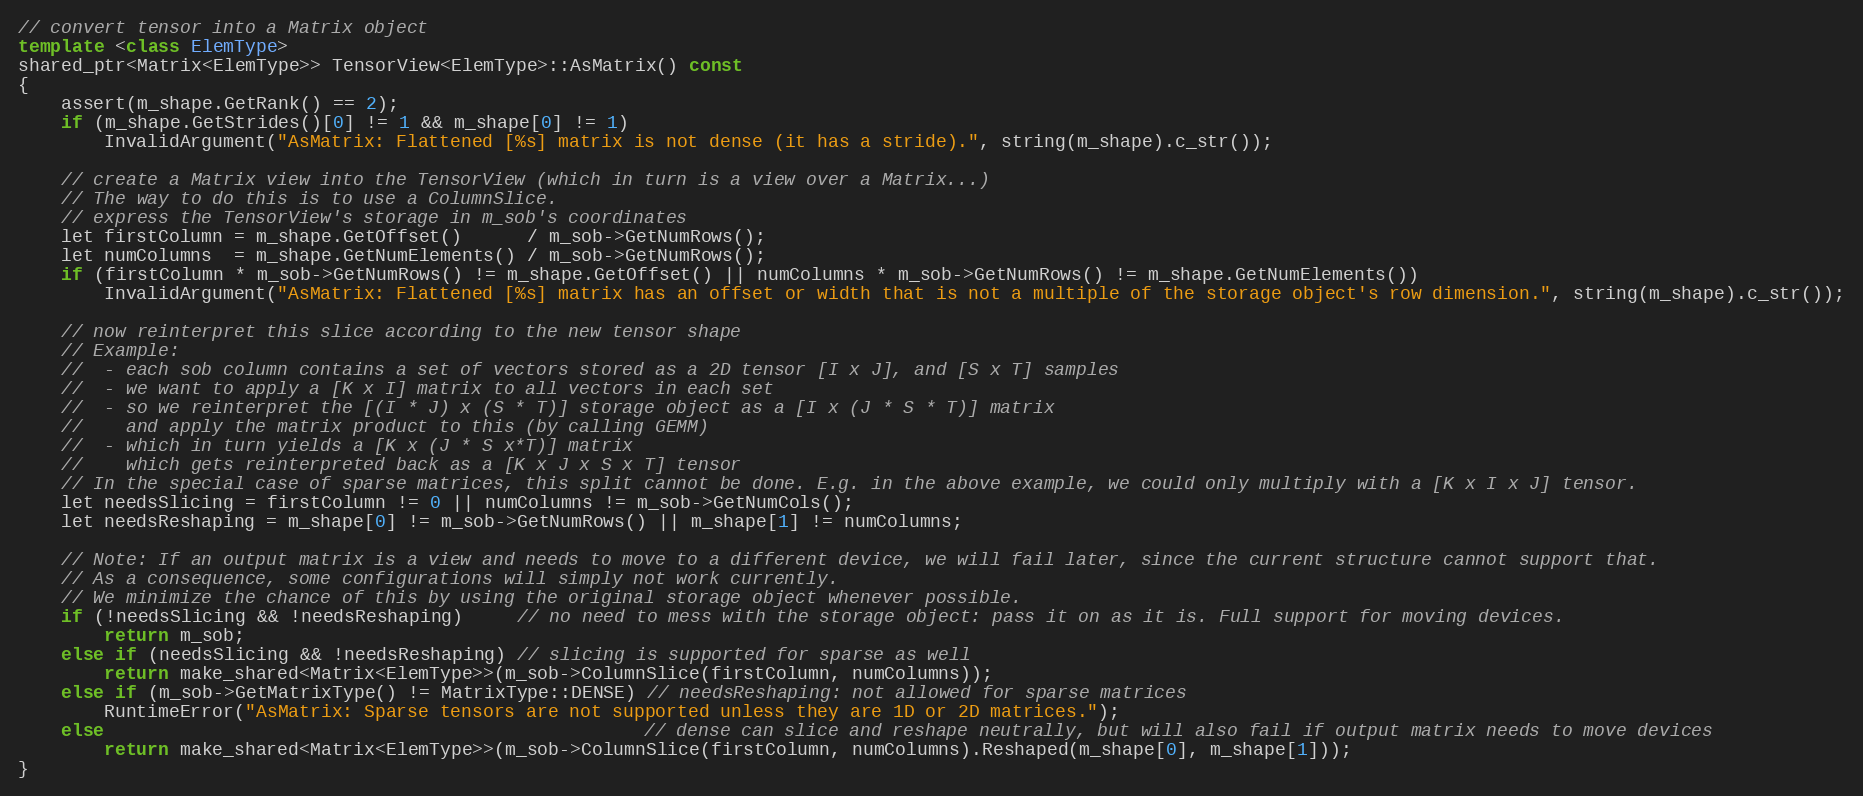
Language: C++
// convert tensor into a Matrix object
template <class ElemType>
shared_ptr<Matrix<ElemType>> TensorView<ElemType>::AsMatrix() const
{
    assert(m_shape.GetRank() == 2);
    if (m_shape.GetStrides()[0] != 1 && m_shape[0] != 1)
        InvalidArgument("AsMatrix: Flattened [%s] matrix is not dense (it has a stride).", string(m_shape).c_str());

    // create a Matrix view into the TensorView (which in turn is a view over a Matrix...)
    // The way to do this is to use a ColumnSlice.
    // express the TensorView's storage in m_sob's coordinates
    let firstColumn = m_shape.GetOffset()      / m_sob->GetNumRows();
    let numColumns  = m_shape.GetNumElements() / m_sob->GetNumRows();
    if (firstColumn * m_sob->GetNumRows() != m_shape.GetOffset() || numColumns * m_sob->GetNumRows() != m_shape.GetNumElements())
        InvalidArgument("AsMatrix: Flattened [%s] matrix has an offset or width that is not a multiple of the storage object's row dimension.", string(m_shape).c_str());

    // now reinterpret this slice according to the new tensor shape
    // Example:
    //  - each sob column contains a set of vectors stored as a 2D tensor [I x J], and [S x T] samples
    //  - we want to apply a [K x I] matrix to all vectors in each set
    //  - so we reinterpret the [(I * J) x (S * T)] storage object as a [I x (J * S * T)] matrix
    //    and apply the matrix product to this (by calling GEMM)
    //  - which in turn yields a [K x (J * S x*T)] matrix
    //    which gets reinterpreted back as a [K x J x S x T] tensor
    // In the special case of sparse matrices, this split cannot be done. E.g. in the above example, we could only multiply with a [K x I x J] tensor.
    let needsSlicing = firstColumn != 0 || numColumns != m_sob->GetNumCols();
    let needsReshaping = m_shape[0] != m_sob->GetNumRows() || m_shape[1] != numColumns;

    // Note: If an output matrix is a view and needs to move to a different device, we will fail later, since the current structure cannot support that.
    // As a consequence, some configurations will simply not work currently.
    // We minimize the chance of this by using the original storage object whenever possible.
    if (!needsSlicing && !needsReshaping)     // no need to mess with the storage object: pass it on as it is. Full support for moving devices.
        return m_sob;
    else if (needsSlicing && !needsReshaping) // slicing is supported for sparse as well
        return make_shared<Matrix<ElemType>>(m_sob->ColumnSlice(firstColumn, numColumns));
    else if (m_sob->GetMatrixType() != MatrixType::DENSE) // needsReshaping: not allowed for sparse matrices
        RuntimeError("AsMatrix: Sparse tensors are not supported unless they are 1D or 2D matrices.");
    else                                                  // dense can slice and reshape neutrally, but will also fail if output matrix needs to move devices
        return make_shared<Matrix<ElemType>>(m_sob->ColumnSlice(firstColumn, numColumns).Reshaped(m_shape[0], m_shape[1]));
}